Lunatic asylums Central Provinces reports 1910-1926 - 1910-1926
Year: 1910
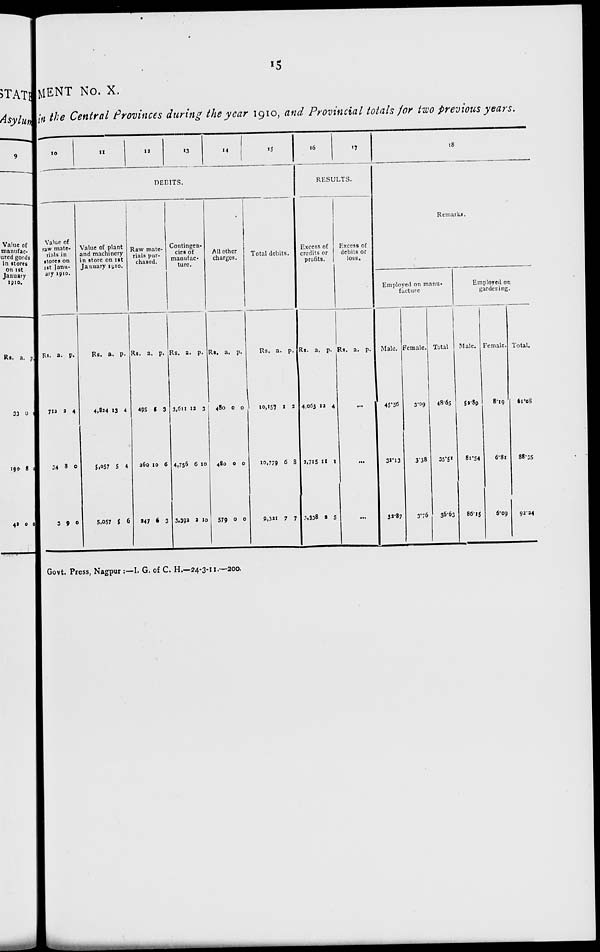
15
MENT No. X.
in the Central Provinces during the year 1910, and Provincial totals for two Previous years.
10
11
12
13
14
15
DEBITS.
Value of
raw mate-
rials in
stores on
1st Janu-
ary 1910.
Rs.
712
34
3
a.
2
8
9
p.
4
0
0
Value of plant
and machinery
in store on 1st
January 1910.
Rs.
4,824
5,057
5,057
a.
13
5
5
p.
4
4
6
Raw mate-
rials pur-
chased.
Rs.
495
260
247
a.
5
10
6
p.
3
6
3
Contingen-
cies of
manufac-
ture.
Rs.
3,611
4,756
3,392
a.
12
6
2
p.
3
10
10
All other
charges.
Rs.
480
480
579
a.
0
0
0
p.
0
0
0
Total debits.
Rs.
10,157
10,779
9,321
a.
1
6
7
p.
2
8
7
16
17
RESULTS.
Excess of
credits or
profits.
Rs.
4,063
2,715
3,338
a.
12
11
2
p.
4
1
5
Excess of
debits or
loss.
Rs. a. p.
...
...
...
18
Remarks.
Employed on manu-
facture
Male.
45.56
32.13
32.87
Female.
3.09
3.38
3.76
Total
48.65
35.51
36.63
Employed on
gardening.
Male.
52.89
81.54
86.15
Female.
8.19
6.81
6.09
Total.
61.08
88.35
92.24
Govt. Press, Nagpur ;—I. G. of C. H.—24-3-11.—200.